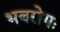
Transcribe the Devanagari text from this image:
भवरोगः